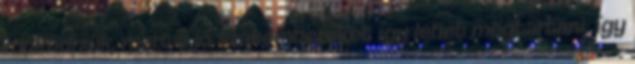
működniük, mert a jó szakembereket így lehet megtartani, így